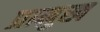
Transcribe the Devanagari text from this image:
प्रामुख